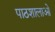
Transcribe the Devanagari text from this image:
पाठशालाओ